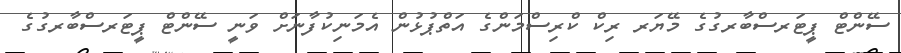
ސޭންޓް ޕީޓަރސްބާރގުގެ މޭޔަރ ރިކް ކްރިސްމަންގެ އަތްޕުޅުން އެމަނިކުފާނަށް ވަނީ ސޭންޓް ޕީޓަރސްބާރގުގެ